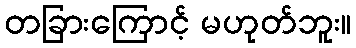
တခြားကြောင့် မဟုတ်ဘူး။